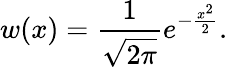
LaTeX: w(x)=\frac{1}{\sqrt{2\pi}}e^{-\frac{x^{2}}{2}}.